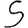
Digit: 5